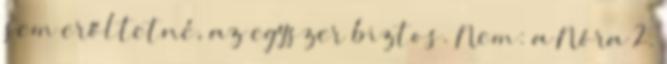
sem erőltetné, az egyszer biztos. Nem: a Nóra 2.